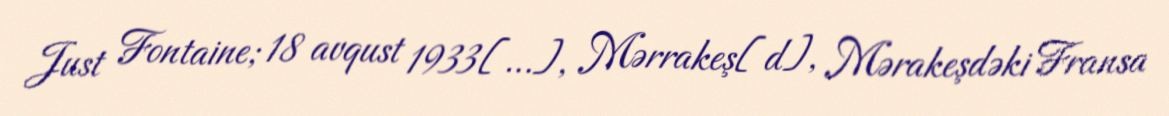
Just Fontaine; 18 avqust 1933[…], Mərrakeş[d], Mərakeşdəki Fransa